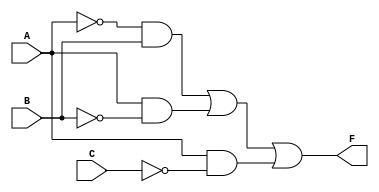
module three_variable_kmap (
    input      A,      // Input variable A
    input      B,      // Input variable B
    input      C,      // Input variable C
    output reg F       // Output variable F
);

// Combinational logic based on the simplified Boolean expression derived from K-map
always @(*) begin
    // Initialize output
    F = 0;

    // Implement the logic based on minterms from the K-map
    // Assuming the derived expression is F = A'B + AB' + AC' (example expression) 
    // This is just an example, replace it with the actual expression from your K-map grouping
    F = (~A & B) | (A & ~B) | (A & ~C);
end

endmodule